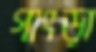
গাংড়া